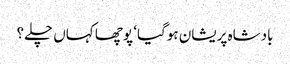
بادشاہ پریشان ہوگیا‘ پوچھا کہاں چلے؟